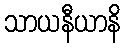
သာယနီယာနိ